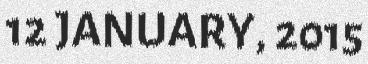
12 JANUARY, 2015